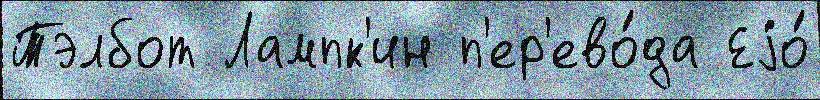
Тэлбот Лампк'ин п'ер'ево́да Еjо́